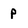
Character: P